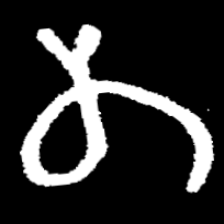
Pyu character \u2014 Myanmar letter: တ (romanized: ta)